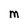
Character: m